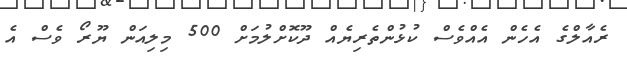
ރެއާލްގެ އެހެން އެއްވެސް ކުޅުންތެރިޔެއް ދޫކޮށްލުމަށް 500 މިލިއަން ޔޫރޯ ވެސް އެ